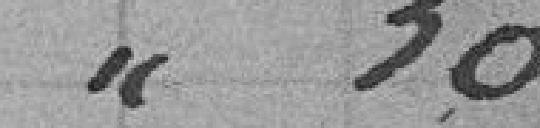
0.50 francs